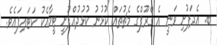
ބ. އެދަފުށި ވަނީ އެ ގްރޫޕްގެ މެޗުތައް ކުޅުނު ކުޅުދުއްފުށީ ޓީމާއެކު ކަޓައިފައެވެ.